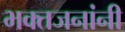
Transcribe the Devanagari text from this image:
भक्तजनांनी